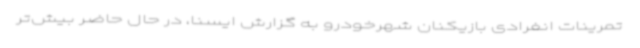
تمرینات انفرادی بازیکنان شهرخودرو به گزارش ایسنا، در حال حاضر بیش‌تر